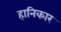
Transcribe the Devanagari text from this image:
हानिकार